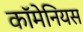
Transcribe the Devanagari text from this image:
कॉमेनियस